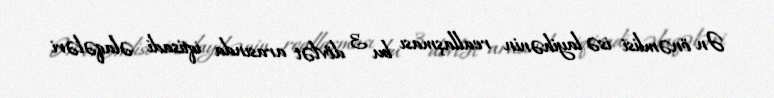
Ən önəmlisi isə layihənin reallaşması bu 3 dövlət arasında iqtisadi əlaqələri